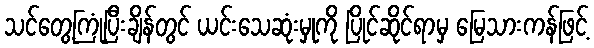
သင်တွေ့ကြုံပြီးချိန်တွင် ယင်းသေဆုံးမှုကို ပြိုင်ဆိုင်ရာမှ မြေသားကန်ဖြင့်